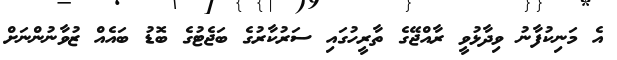
އެ މަނިކުފާނު ވިދާޅުވީ ރާއްޖޭގެ ތާރީހުގައި ސަރުކާރުގެ ބަޖެޓުގެ ބޮޑު ބައެއް ޒުވާނުންނަށް